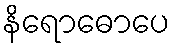
နိရောဓောပေ